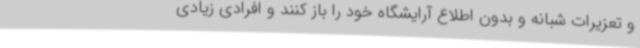
و تعزیرات شبانه و بدون اطلاع آرایشگاه خود را باز کنند و افرادی زیادی